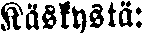
Käskystä: